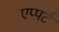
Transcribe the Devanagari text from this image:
एप्पर्ट